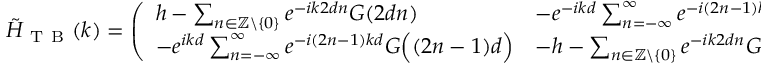
\tilde { H } _ { \mathrm { ~ T ~ B ~ } } ( k ) = \left( \begin{array} { l l } { h - \sum _ { n \in \mathbb { Z } \backslash \{ 0 \} } e ^ { - i k 2 d n } G ( 2 d n ) } & { - e ^ { - i k d } \sum _ { n = - \infty } ^ { \infty } e ^ { - i ( 2 n - 1 ) k d } G \Bigl ( ( 2 n - 1 ) d \Bigr ) } \\ { - e ^ { i k d } \sum _ { n = - \infty } ^ { \infty } e ^ { - i ( 2 n - 1 ) k d } G \Bigl ( ( 2 n - 1 ) d \Bigr ) } & { - h - \sum _ { n \in \mathbb { Z } \backslash \{ 0 \} } e ^ { - i k 2 d n } G ( 2 d n ) } \end{array} \right) .